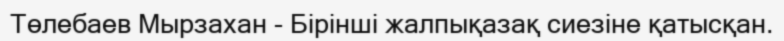
Төлебаев Мырзахан - Бірінші жалпықазақ сиезіне қатысқан.